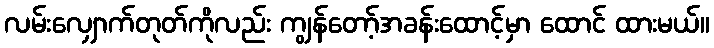
လမ်းလျှောက်တုတ်ကိုလည်း ကျွန်တော့်အခန်းထောင့်မှာ ထောင် ထားမယ်။